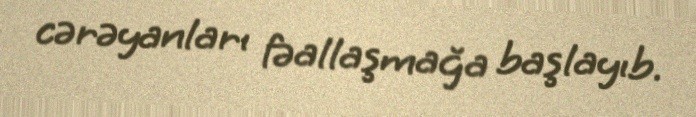
cərəyanları fəallaşmağa başlayıb.